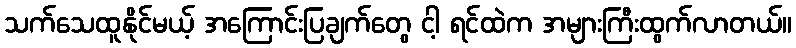
သက်သေထူနိုင်မယ့် အကြောင်းပြချက်တွေ ငါ့ ရင်ထဲက အများကြီးထွက်လာတယ်။